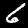
Label: 6